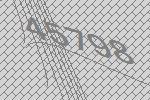
45798